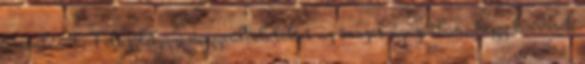
áramlását. Felszólítja a nagyvállalatokat az összes ágazatban, hogy kövessék